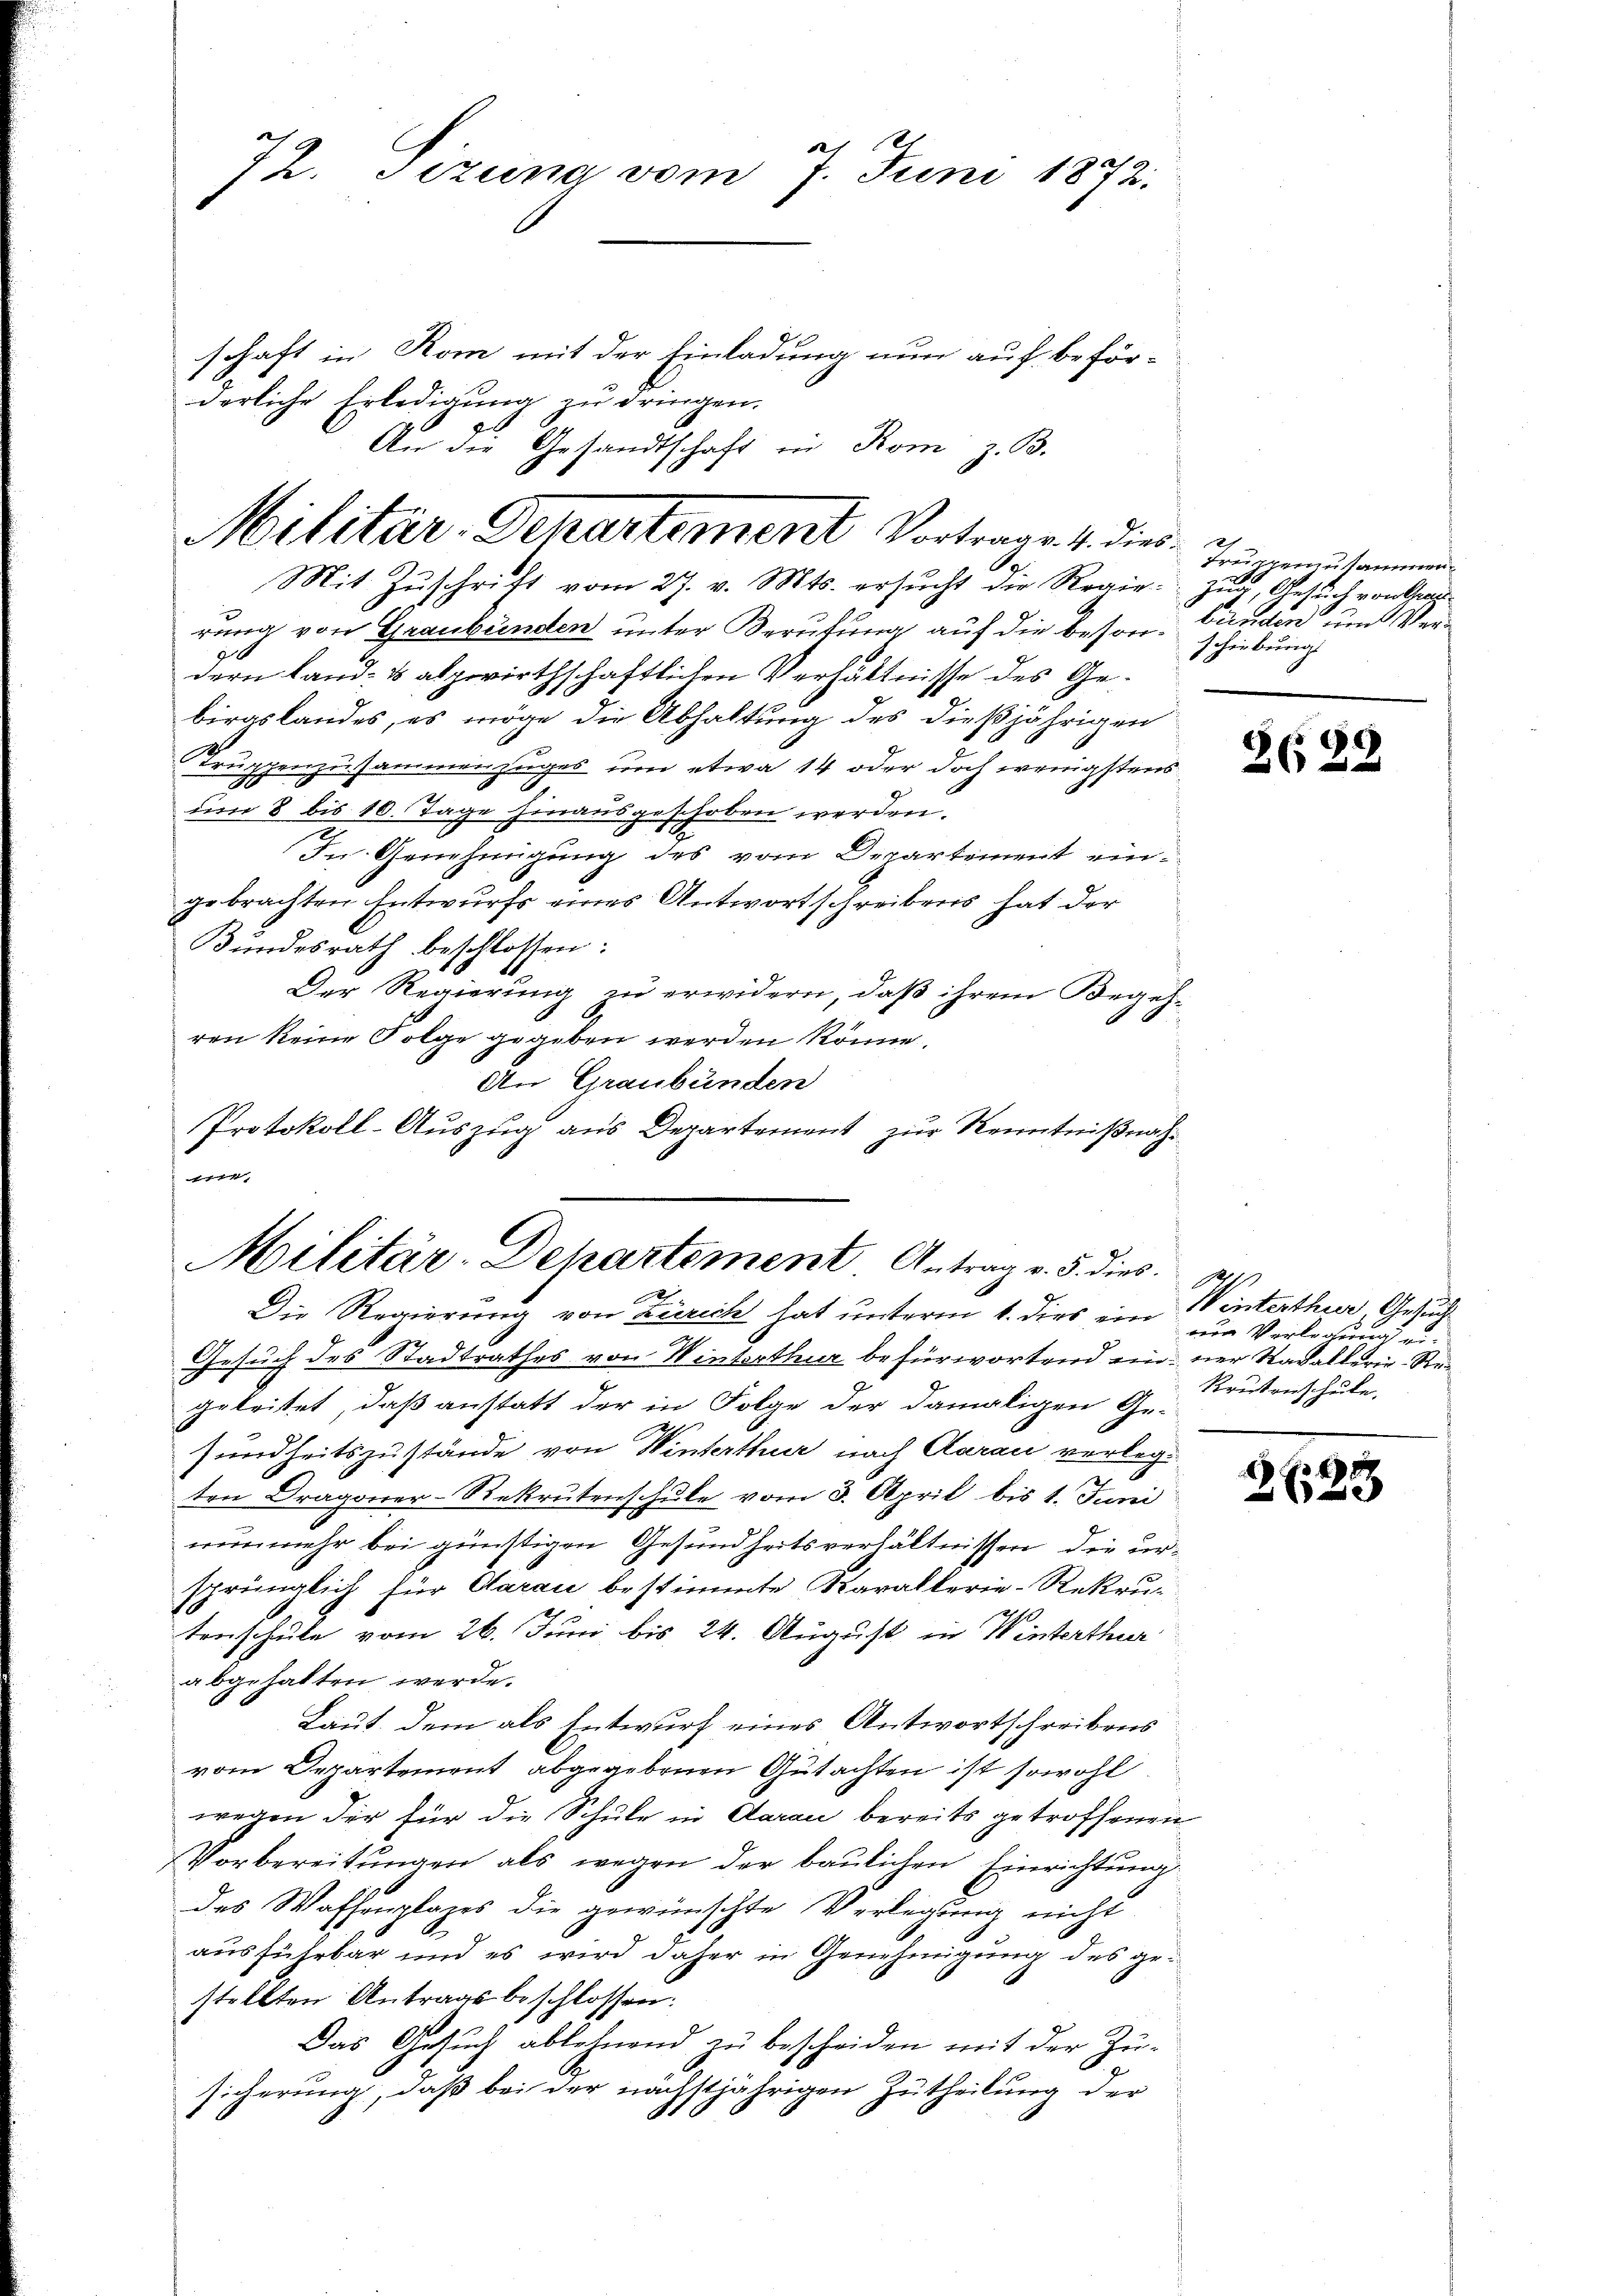
72. Sizina vom 7. Juni 1872.

schaft in Rom mit der Einladung nun auf beför-
Mit Zŭschrift vom 27. v. Mts. ersucht die Regie- Zug, Gesuch von ha
rung von Graubünden unter Berufung auf die beson- bänden und Ver¬
.
dern Land- & alpwirthschaftlichen Verhältnisse des Gebirgslandes, es möge die Abhaltung des dießjährigen
Truppenzusammenzuges um etwa 14 oder doch wenigstens
um 8 bis 10. Tage hinausgeschoben werden.
In Genehmigung des vom Departement eingebrachten Entwurfs eines Antwortschreibens hat der
Bundesrath beschlossen:
Der Regierung zu erwidern, daß ihrem Begehren keine Folge gegeben werden könne.
An Graubünden
Protokoll-Auszug aus Departement zur Kenntnißnah¬

derliche Erledigung zu dringen.
An die Gesandtschaft in Rom z. B.
Militär-Departement Vortrage 4. dies

1
Militär-Departement Antrag v. 5. dies
Die Regierung von Zürich hat unterm 6. dies ein im Verlegung ei¬

Gesuch des Stadtrathes von Winterthur befürwortend ein ner Kavallerie-Regeleitet, daß anstatt der in Folge der damaligen Ge-
sundheitszustände von Winterthur nach Aarau verlegten Dragoner-Rekrutenschule vom 3. April bis 1. Juni
nunmehr bei günstigen Gesundheitsverhältnissen die ur-
sprünglich für Aarau bestimmte Karallerie-Rekrutenschule vom 26. Juni bis 24. August in Winterthur
abgehalten werde.
Laut dem als Entwurf eines Antwortschreibens
vom Departement abgegebenen Gutachten ist sowohl
wegen der für die Schule in Aarau bereits getroffenen
Vorbereitungen als wegen der baulichen Einrichtung
des Waffenplages die gewünschte Verlegung nicht
ausführbar und es wird daher in Genehmigung des gestellten Antragsbeschlossen:
Das Gesuch ablehnend zu bescheiden mit der Zusicherung, daß bei der nächstjährigen Zutheilung der

Truppenzusammen
scheiburg

2623

Winterthur Gesuch
Krusenschule.

4
2650